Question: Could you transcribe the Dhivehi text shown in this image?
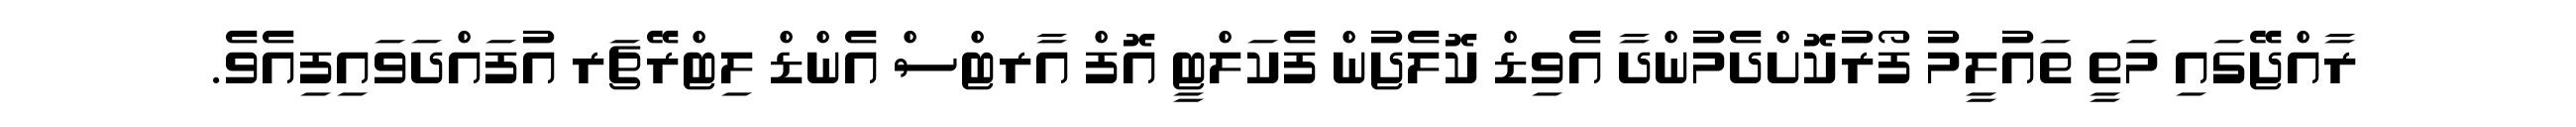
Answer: ރާއްޖޭގައި މަތީ ތައުލީމު ފޯރުކޮށްދެމުންދާ އެވިޑް ކޮލެޖުން ފެކަލްޓީ އޮފް އާރޓްސް އެންޑް ލިޓްރޭޗަރ އުފައްދަވައިފިއެވެ.